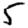
Digit: 5